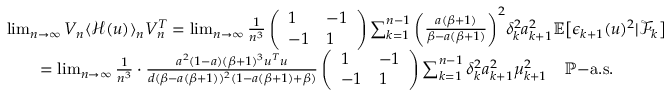
\begin{array} { r l } & { \operatorname* { l i m } _ { n \to \infty } V _ { n } \langle \mathcal { H } ( u ) \rangle _ { n } V _ { n } ^ { T } = \operatorname* { l i m } _ { n \to \infty } \frac { 1 } { n ^ { 3 } } \left( \begin{array} { l l } { 1 } & { - 1 } \\ { - 1 } & { 1 } \end{array} \right) \sum _ { k = 1 } ^ { n - 1 } \bigg ( \frac { a ( \beta + 1 ) } { \beta - a ( \beta + 1 ) } \bigg ) ^ { 2 } \delta _ { k } ^ { 2 } a _ { k + 1 } ^ { 2 } \mathbb { E } \big [ \epsilon _ { k + 1 } ( u ) ^ { 2 } | \mathcal { F } _ { k } \big ] } \\ & { \quad \quad = \operatorname* { l i m } _ { n \to \infty } \frac { 1 } { n ^ { 3 } } \cdot \frac { a ^ { 2 } ( 1 - a ) ( \beta + 1 ) ^ { 3 } u ^ { T } u } { d ( \beta - a ( \beta + 1 ) ) ^ { 2 } ( 1 - a ( \beta + 1 ) + \beta ) } \left( \begin{array} { l l } { 1 } & { - 1 } \\ { - 1 } & { 1 } \end{array} \right) \sum _ { k = 1 } ^ { n - 1 } \delta _ { k } ^ { 2 } a _ { k + 1 } ^ { 2 } \mu _ { k + 1 } ^ { 2 } \quad \mathbb { P } \mathrm { - a . s . } } \end{array}